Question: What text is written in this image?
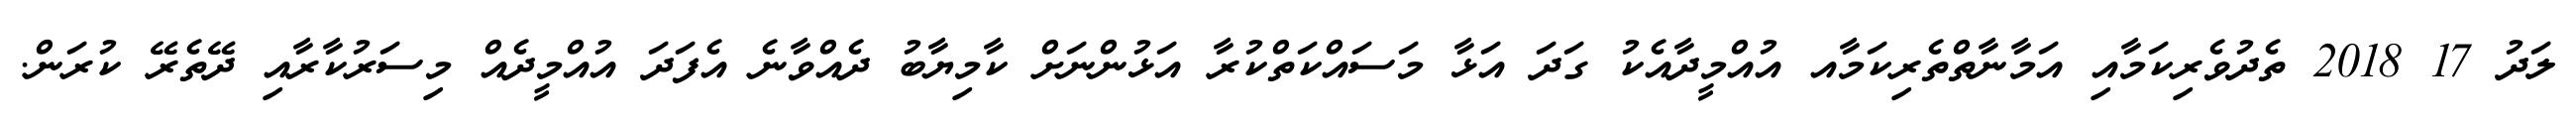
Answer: ލަދު 17 2018 ތެދުވެރިކަމާއި އަމާނާތްތެރިކަމާއ އުއްމީދާއެކު ގަދަ އަޅާ މަސައްކަތްކުރާ އަޅުންނަށް ކާމިޔާބު ދެއްވާނެ އެފަދަ އުއްމީދެއް މިސަރުކާރާއި ދޭތެރޭ ކުރަން.